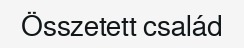
Összetett család